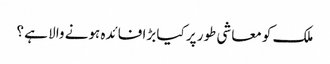
ملک کو معاشی طور پر کیا بڑا فائدہ ہونے والا ہے ؟